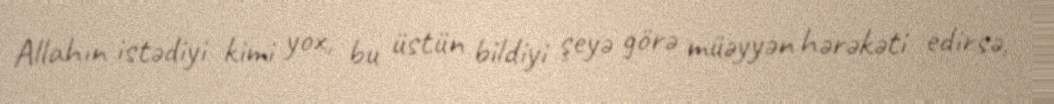
Allahın istədiyi kimi yox, bu üstün bildiyi şeyə görə müəyyən hərəkəti edirsə,